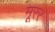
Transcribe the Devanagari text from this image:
मूरर